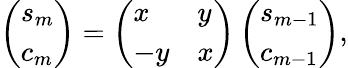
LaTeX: \left(\begin{array}{l}{s_{m}}\\ {c_{m}}\end{array}\right)=\left(\begin{array}{ll}{x}&{y}\\ {-y}&{x}\end{array}\right)\left(\begin{array}{l}{s_{m-1}}\\ {c_{m-1}}\end{array}\right),